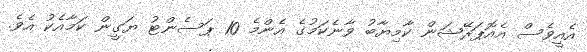
އެއީވެސް އެއޮޕަރޭޝަން ކާމިޔާބު ވާނެކަމުގެ އެންމެ 10 ޕަސެންޓު ޔަގީން ކަމާއެކު އެވެ.